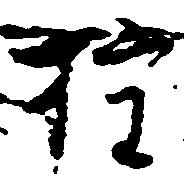
権